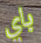
باي